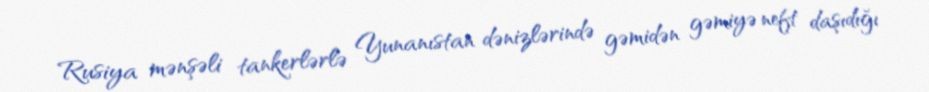
Rusiya mənşəli tankerlərlə Yunanıstan dənizlərində gəmidən gəmiyə neft daşıdığı